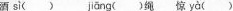
酒si() jiāng ()绳 惊 yà ()